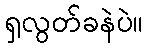
ရှလွတ်ခနဲပဲ။